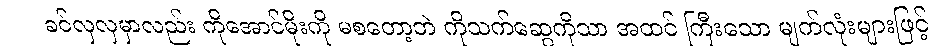
ခင်လှလှမှာလည်း ကိုအောင်မိုးကို မစတော့ဘဲ ကိုသက်ဆွေကိုသာ အထင် ကြီးသော မျက်လုံးများဖြင့်